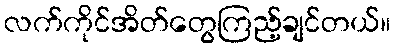
လက်ကိုင်အိတ်တွေကြည့်ချင်တယ်။